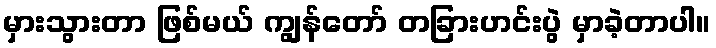
မှားသွားတာ ဖြစ်မယ် ကျွန်တော် တခြားဟင်းပွဲ မှာခဲ့တာပါ။